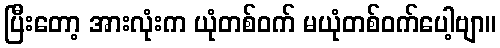
ပြီးတော့ အားလုံးက ယုံတစ်ဝက် မယုံတစ်ဝက်ပေါ့ဗျာ။